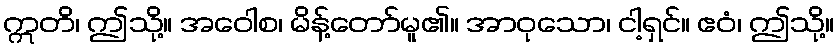
ဣတိ၊ ဤသို့။ အဝေါစ၊ မိန့်တော်မူ၏။ အာဝုသော၊ ငါ့ရှင်။ ဧဝံ၊ ဤသို့။